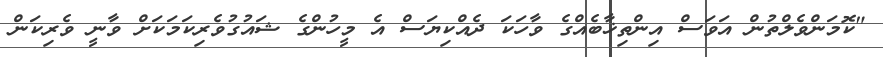
"ކޮމަންވެލްތުން އަވަސް އިންތިޚާބެއްގެ ވާހަކަ ދެއްކިޔަސް އެ މީހުންގެ ޝައުގުވެރިކަމަކަށް ވާނީ ވެރިކަން